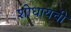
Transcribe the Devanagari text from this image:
शोधायची